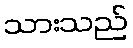
သားသည်